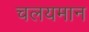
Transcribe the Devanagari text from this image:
चलयमान